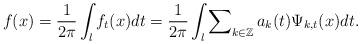
LaTeX: \begin{align*}f(x)=\frac{1}{2\pi}\int\nolimits_{l}f_{t}(x)dt=\frac{1}{2\pi}\int\nolimits_{l}\sum\nolimits_{k\in\mathbb{Z}}a_{k}(t)\Psi_{k,t}(x)dt.\end{align*}